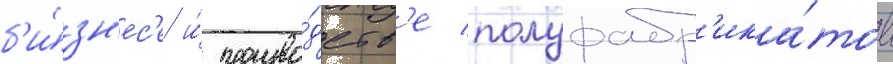
б'и́зн'ес'е и́ произво́дств'е полуфабр'ика́тов